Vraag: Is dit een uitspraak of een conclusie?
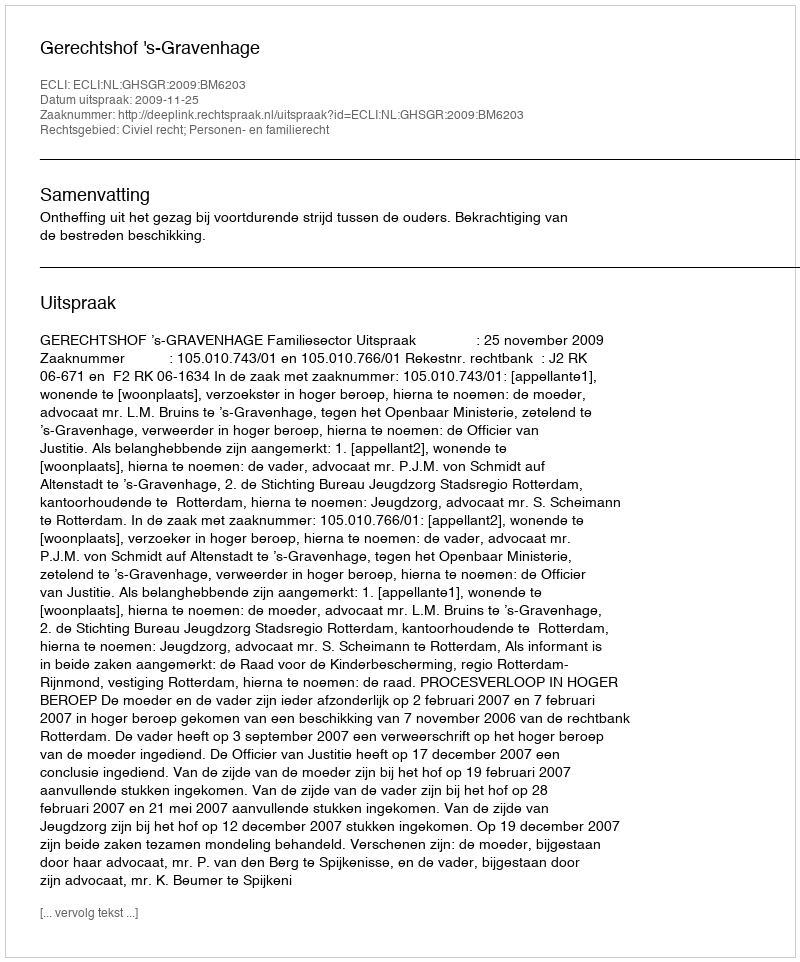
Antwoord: Uitspraak